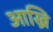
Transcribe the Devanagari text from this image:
आख्रि